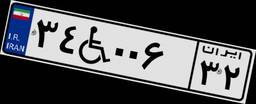
۵۵W۴۷۸۸۱